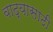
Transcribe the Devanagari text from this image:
वाद्यासाठी